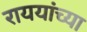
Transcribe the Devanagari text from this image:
राययांच्या